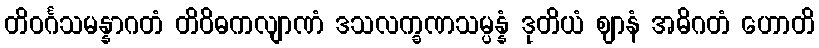
တိဝင်္ဂသမန္နာဂတံ တိဝိဓကလျာဏံ ဒသလက္ခဏသမ္ပန္နံ ဒုတိယံ ဈာနံ အဓိဂတံ ဟောတိ